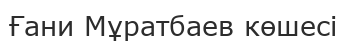
Ғани Мұратбаев көшесі